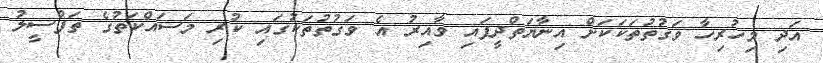
އަދި މިހުރިހާ ވަގުތުތަކަކަށް އިނާޔަތްދީފައި ވާއިރު އެ ވަގުތުތަކުގައި ކުރި މަސައްކަތުގެ ތަފްސީލު